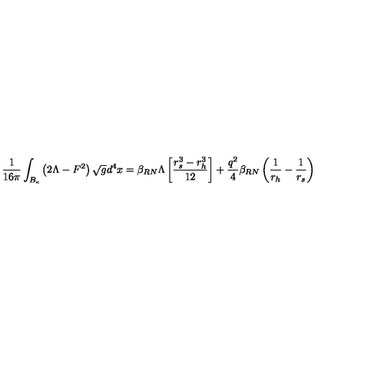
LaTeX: \frac { 1 } { 1 6 \pi } \int _ { B _ { e } } \left( 2 \Lambda - F ^ { 2 } \right) \sqrt { g } d ^ { 4 } x = \beta _ { R N } \Lambda \left[ \frac { r _ { s } ^ { 3 } - r _ { h } ^ { 3 } } { 1 2 } \right] + \frac { q ^ { 2 } } { 4 } \beta _ { R N } \left( \frac { 1 } { r _ { h } } - \frac { 1 } { r _ { s } } \right)